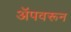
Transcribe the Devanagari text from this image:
अॅपवरून